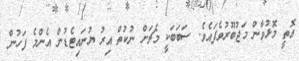
އޮތީ މޮޅުވާން މަޖުބޫރުވެފައެވެ. ސަބަބަކީ މެޗަށް ނުކުތް އިރު ޔުނައިޓެޑުން އެންމެ ފަހުން